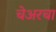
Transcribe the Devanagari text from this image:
चेअरचा